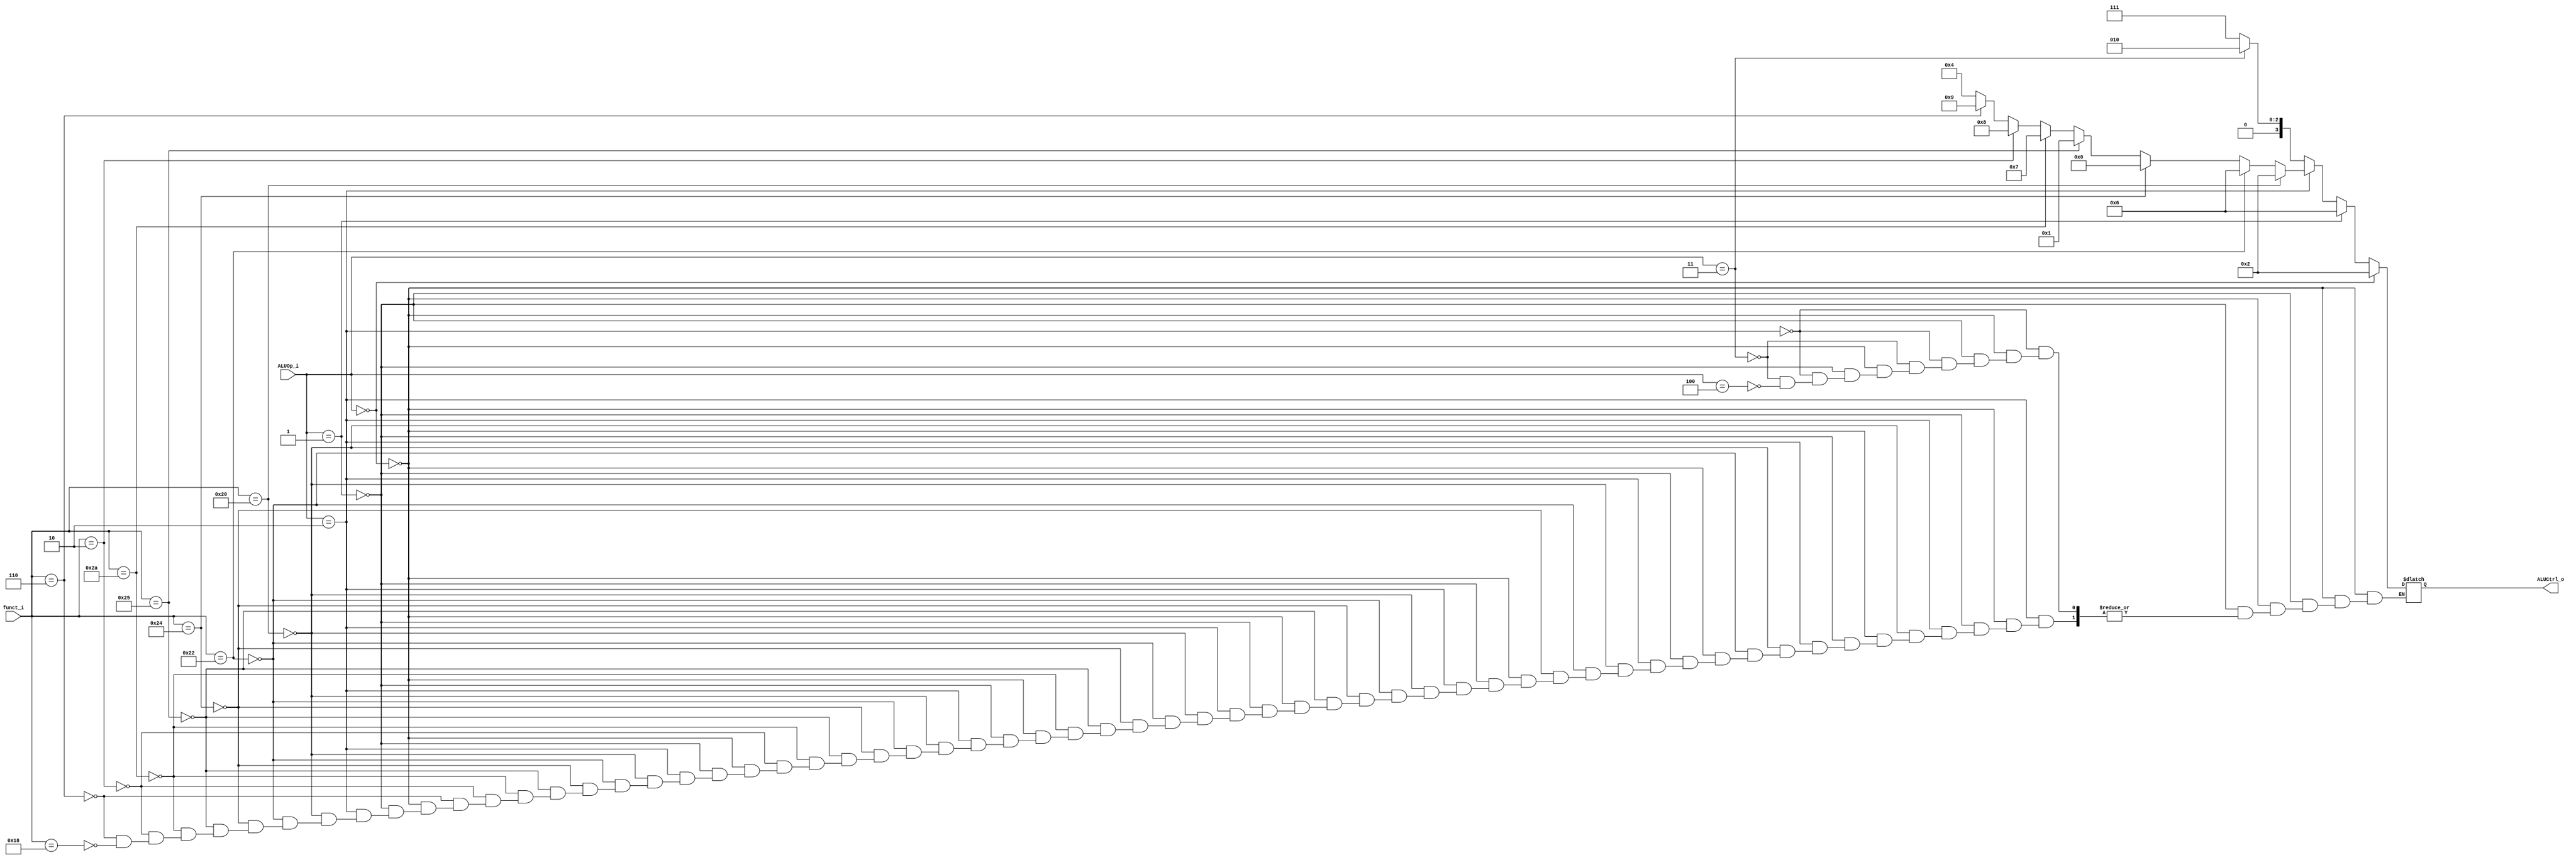
//w0111279
//Subject:     CO project 2 - ALU Controller
//--------------------------------------------------------------------------------
//Version:     1
//--------------------------------------------------------------------------------
//Writer:      
//----------------------------------------------
//Date:        
//----------------------------------------------
//Description: 
//--------------------------------------------------------------------------------

module ALU_Control(
          funct_i,
          ALUOp_i,
          ALUCtrl_o,
          );
          
//I/O ports 
input      [6-1:0] funct_i;
input      [3-1:0] ALUOp_i;

output     [4-1:0] ALUCtrl_o;    
//Internal Signals
reg        [4-1:0] ALUCtrl_o;
       
//Select exact operation

always@( * )begin
	if(ALUOp_i==3'b000)begin //LW,SW
		ALUCtrl_o=4'b0010;
	end
	else if(ALUOp_i==3'b001)begin //BRANCH:BEQ
		ALUCtrl_o=4'b0110;
	end
	else if(ALUOp_i==3'b010)begin //Rtype
		if(funct_i==6'h20)begin ALUCtrl_o=4'b0010;end //ADD
		else if(funct_i==6'h22)begin ALUCtrl_o=4'b0110;end //SUB
		else if(funct_i==6'h24)begin ALUCtrl_o=4'b0000;end //OR
		else if(funct_i==6'h25)begin ALUCtrl_o=4'b0001;end //AND
		else if(funct_i==6'h2a)begin ALUCtrl_o=4'b0111;end //SLT
		else if(funct_i==6'b000010)begin ALUCtrl_o=4'b1000;end //SRL
		else if(funct_i==6'b000110)begin ALUCtrl_o=4'b1001;end //SRLV
		else if(funct_i==6'b011000)begin ALUCtrl_o=4'b0100;end //MUL
	end
	else if(ALUOp_i==3'b011)begin //ADDI
		ALUCtrl_o=4'b0010;
	end
	else if(ALUOp_i==3'b100)begin //SLTI
		ALUCtrl_o=4'b0111;
	end
end

endmodule